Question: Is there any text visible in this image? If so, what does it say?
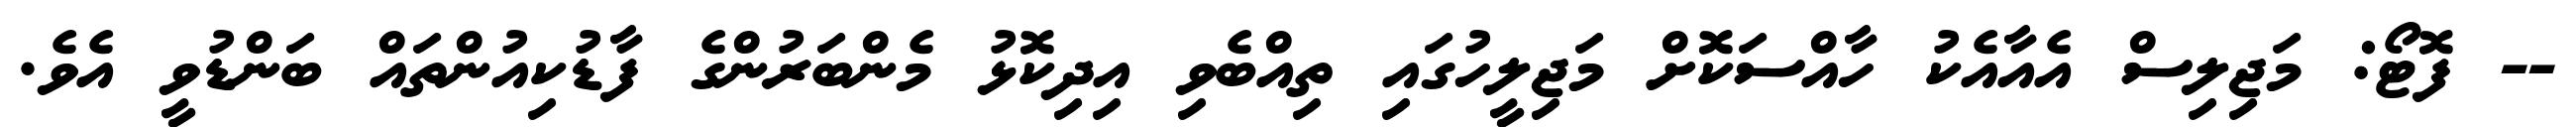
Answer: -- ފޮޓޯ: މަޖިލިސް އެއާއެކު ހާއްސަކޮށް މަޖިލީހުގައި ތިއްބެވި އިދިކޮޅު މެންބަރުންގެ ފާޑުކިއުންތައް ބަންޑުވީ އެވެ.